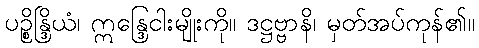
ပဉ္စိန္ဒြိယံ၊ ဣန္ဒြေငါးမျိုးကို။ ဒဋ္ဌဗ္ဗာနိ၊ မှတ်အပ်ကုန်၏။